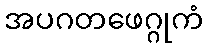
အပဂတဖေဂ္ဂုကံ